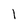
Character: 1